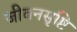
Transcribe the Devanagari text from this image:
जीवनसृष्टि